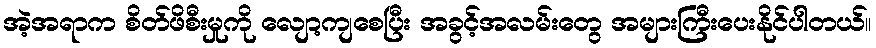
အဲ့အရာက စိတ်ဖိစီးမှုကို လျော့ကျစေပြီး အခွင့်အလမ်းတွေ အများကြီးပေးနိုင်ပါတယ်။